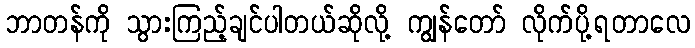
ဘာတန်ကို သွားကြည့်ချင်ပါတယ်ဆိုလို့ ကျွန်တော် လိုက်ပို့ရတာလေ